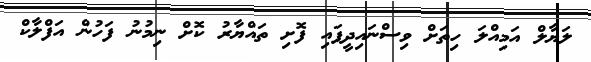
ލަޔާލް އަމިއްލަ ހިތަށް ވިސްނައިދީފައި ފޮށި ތައްޔާރު ކޮށް ނިމުނު ފަހުން އަފްލާކް